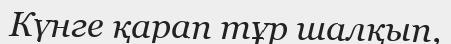
Күнге қарап тұр шалқып,